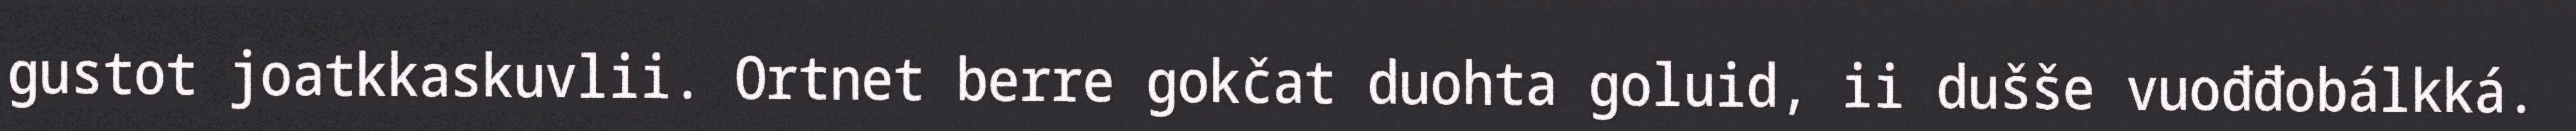
gustot joatkkaskuvlii. Ortnet berre gokčat duohta goluid, ii dušše vuođđobálkká.